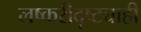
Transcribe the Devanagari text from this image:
लष्करीदृष्ट्याही